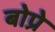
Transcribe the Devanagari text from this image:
बोप्रे